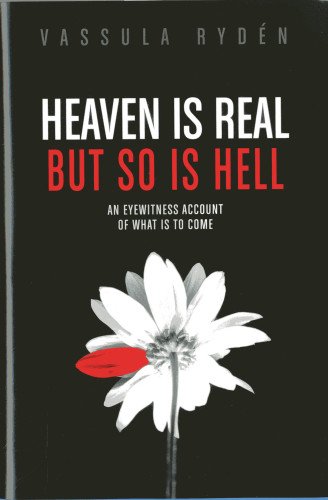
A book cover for Heaven is Real But So is Hell: An Eyewitness Account of What is to Come; Vassula Ryden; Christian Books & Bibles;